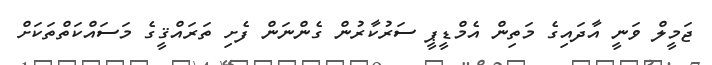
ޖަމީލް ވަނީ އާދައިގެ މަތިން އެމްޑީޕީ ސަރުކާރުން ގެންނަން ފެށި ތަރައްޤީގެ މަސައްކަތްތަކަށް